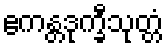
ဧကန္တဒုက္ခီသုတ္တံ